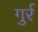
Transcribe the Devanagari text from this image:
गुर्र